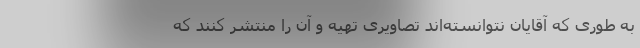
به طوری که آقایان نتوانسته‌اند تصاویری تهیه و آن را منتشر کنند که